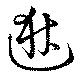
逖